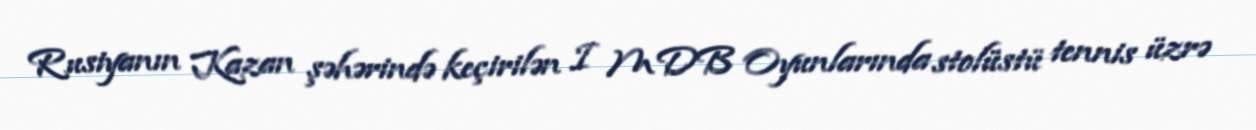
Rusiyanın Kazan şəhərində keçirilən I MDB Oyunlarında stolüstü tennis üzrə